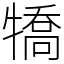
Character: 犞